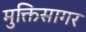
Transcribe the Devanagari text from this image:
मुक्तिसागर